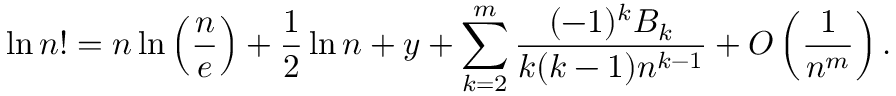
\ln n ! = n \ln \left( { \frac { n } { e } } \right) + { \frac { 1 } { 2 } } \ln n + y + \sum _ { k = 2 } ^ { m } { \frac { ( - 1 ) ^ { k } B _ { k } } { k ( k - 1 ) n ^ { k - 1 } } } + O \left( { \frac { 1 } { n ^ { m } } } \right) .